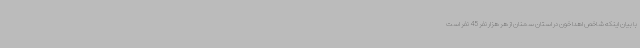
با بیان اینکه شاخص اهدا خون در استان سمنان از هر هزار نفر 45 نفر است